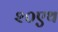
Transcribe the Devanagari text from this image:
२०एथ